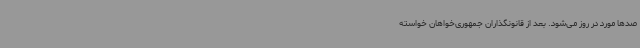
صدها مورد در روز می‌شود. بعد از قانونگذاران جمهوری‌خواهان خواسته